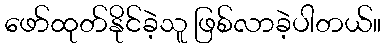
ဖော်ထုတ်နိုင်ခဲ့သူ ဖြစ်လာခဲ့ပါတယ်။